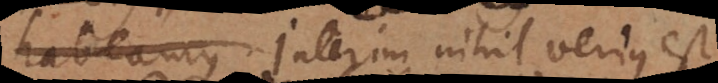
amus. Interim nihil verius est,